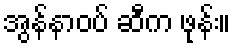
အွန်နာဝပ် ဆီက ဖုန်း။